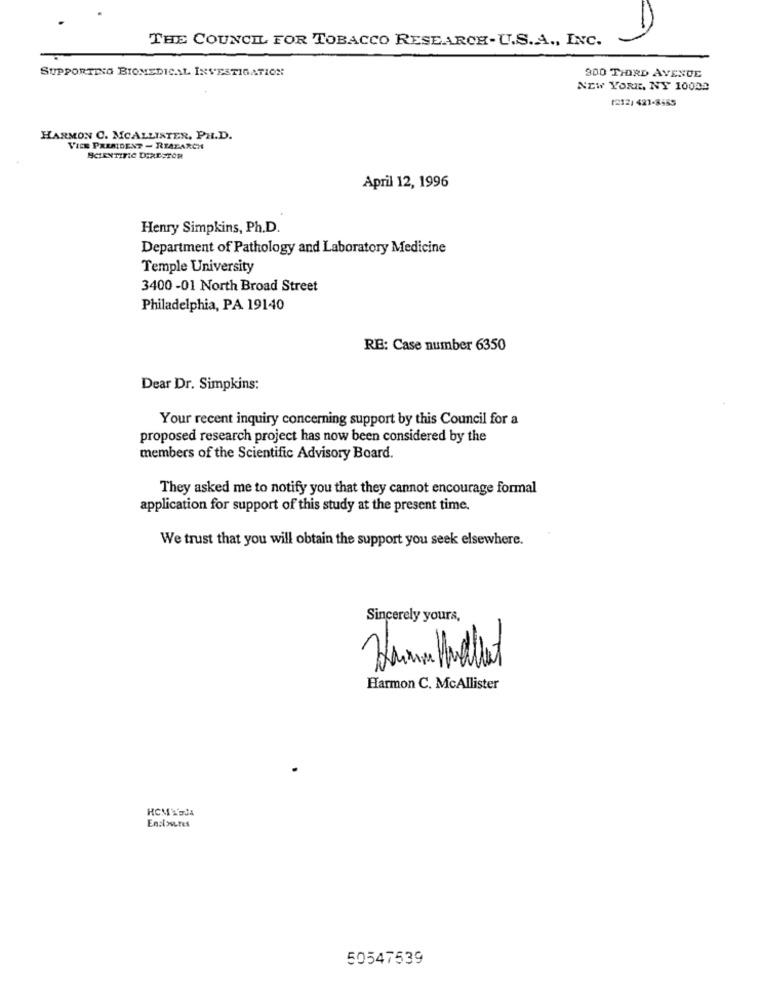
THE COUNCIL FOR TOBACCO RESEARCH-U.S.A ., INC.
SUPPORTING BIOMEDICAL INVESTIGATION
300 THIRD AVENUE
NEW YORK, NY 10008
1212/ 421-8455
HARMON C. MCALLISTER, PH.D.
VICE PRESIDENT - REALARCH
SCIENTIFIC DIRECTOR
April 12, 1996
Henry Simpkins, Ph.D.
Department of Pathology and Laboratory Medicine
Temple University
3400 -01 North Broad Street
Philadelphia, PA 19140
RE: Case number 6350
Dear Dr. Simpkins:
Your recent inquiry concerning support by this Council for a
proposed research project has now been considered by the
members of the Scientific Advisory Board.
They asked me to notify you that they cannot encourage formal
application for support of this study at the present time.
We trust that you will obtain the support you seek elsewhere.
Sincerely yours,
Harmon C. McAllister
Enclosures
50547539